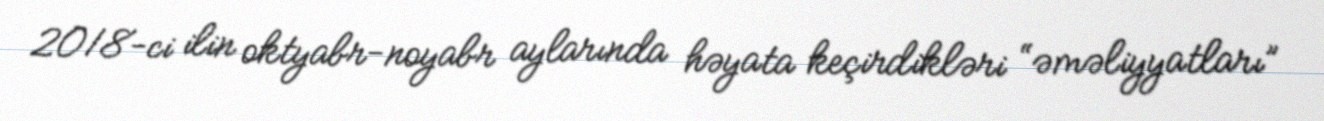
2018-ci ilin oktyabr-noyabr aylarında həyata keçirdikləri “əməliyyatları”